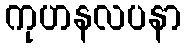
ကုဟနလပနာ